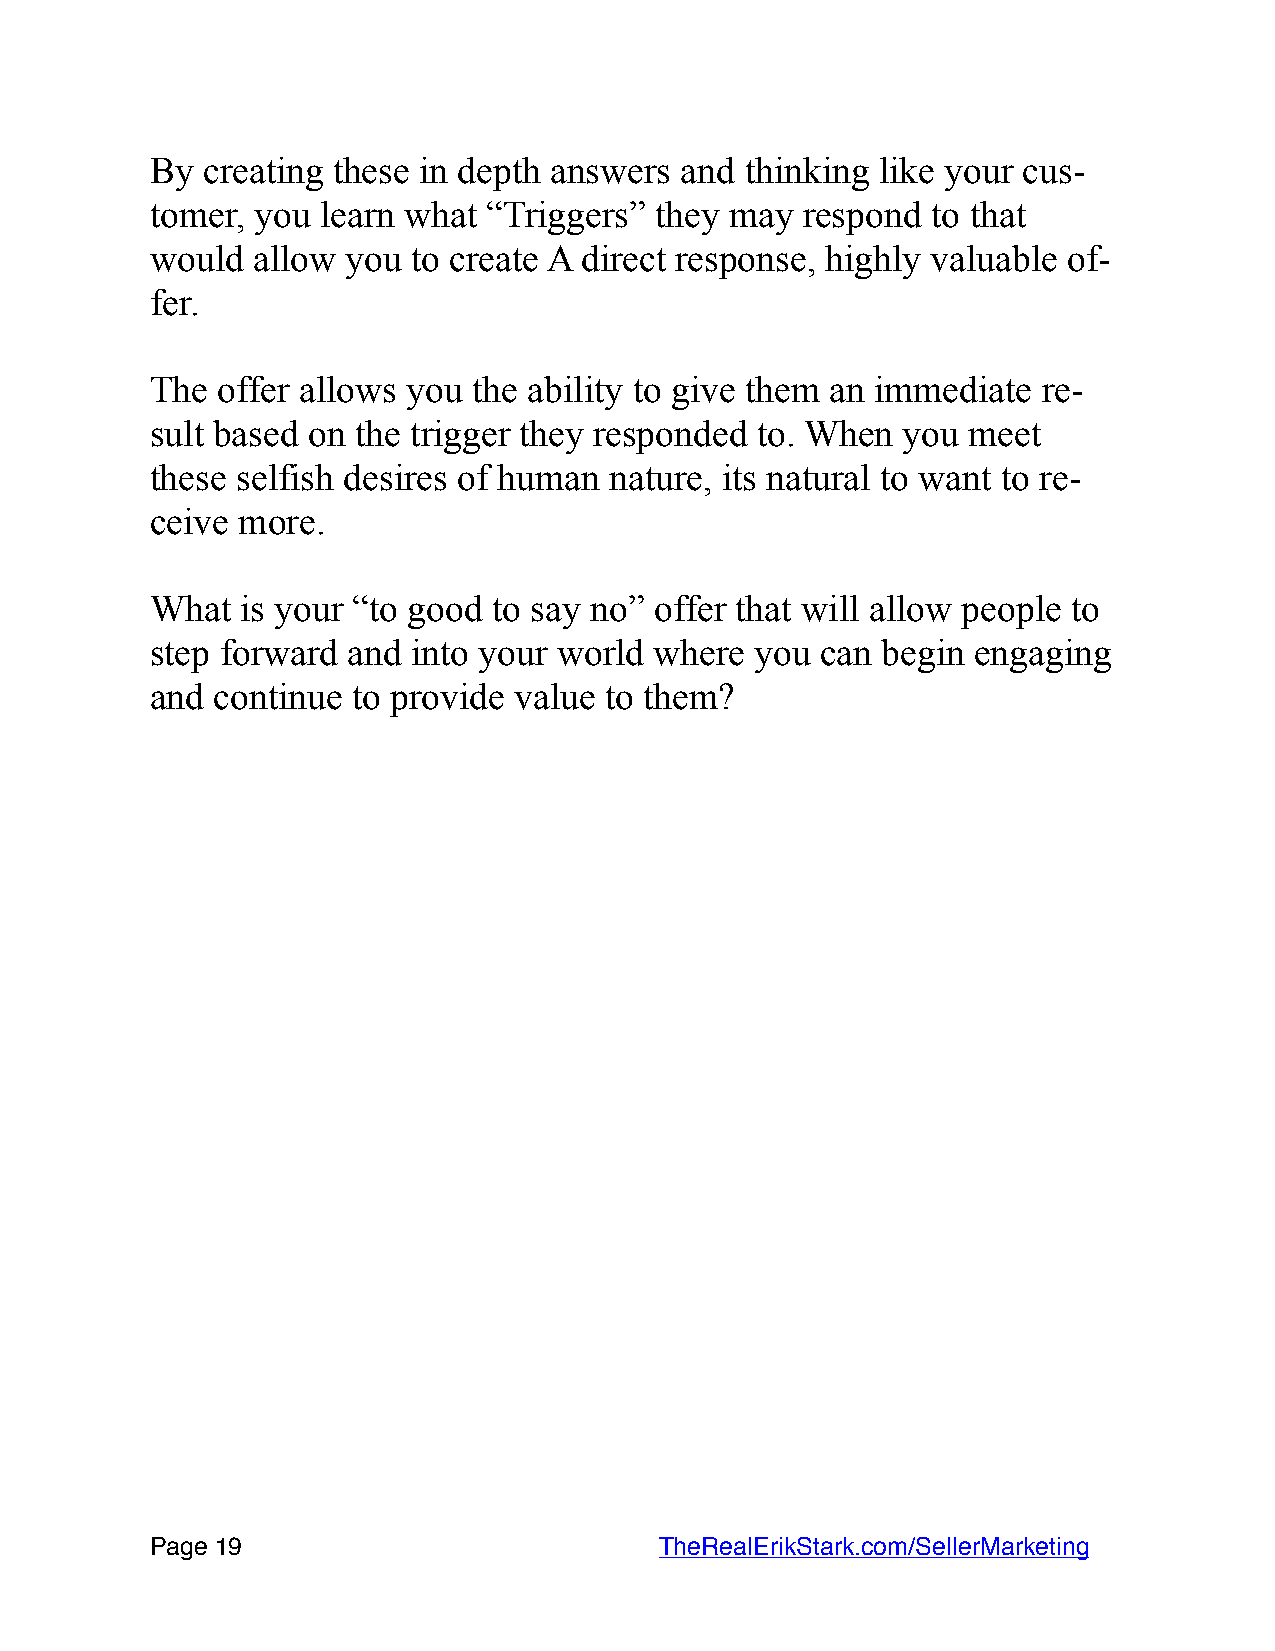
By creating these in depth answers and thinking like your cus-
 tomer, you learn what “Triggers” they may  respond  to that
 would  allow you to create A direct response, highly valuable of-
 fer.
 The offer allows you the ability to give them an immediate re-
 sult based on the trigger they responded to. When you meet
 these selfish desires of human nature, its natural to want to re-
 ceive more.
 What  is your “to good to say no” offer that will allow people to
 step forward and into your world where  you can begin  engaging
 and continue to provide value to them?
 Page 1 9                         TheRealErikStark.com/SellerMarketing